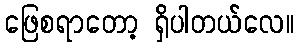
ဖြေစရာတော့ ရှိပါတယ်လေ။